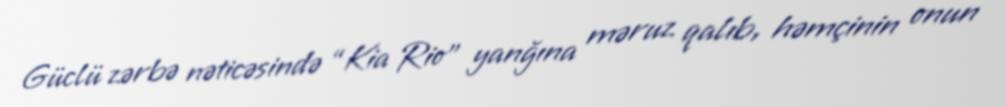
Güclü zərbə nəticəsində “Kia Rio” yanğına məruz qalıb, həmçinin onun